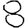
Digit: 8